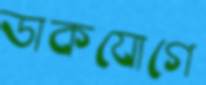
ডাকযোগে